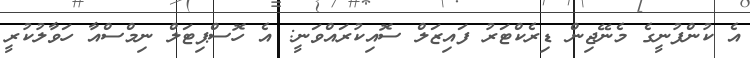
އެ ކުންފުނީގެ މެނޭޖިން ޑިރެކްޓަރު ފައިޒަލް ސޮއިކުރައްވަނީ: އެ ހޮސްޕިޓަލް ނިމްސްއާ ހަވާލުކުރީ